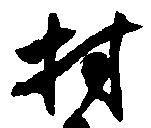
村